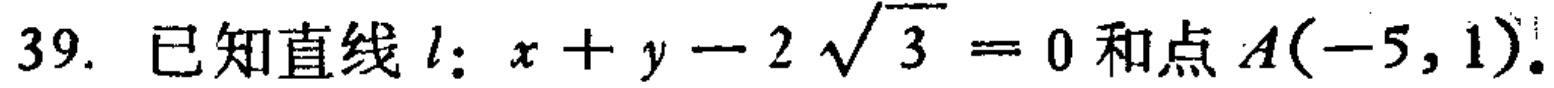
已知直线\(l:x + y - 2\sqrt{3}=0\)和点\(A(-5,1)\)。